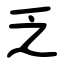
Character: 乏